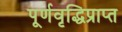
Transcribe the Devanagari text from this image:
पूर्णवृद्धिप्राप्त